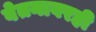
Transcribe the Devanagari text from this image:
वेतनावरही